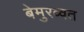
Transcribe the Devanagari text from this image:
बेमुरव्वत